Lunatic asylums in Bengal annual reports 1899-1911 - 1899-1911
Year: 1899
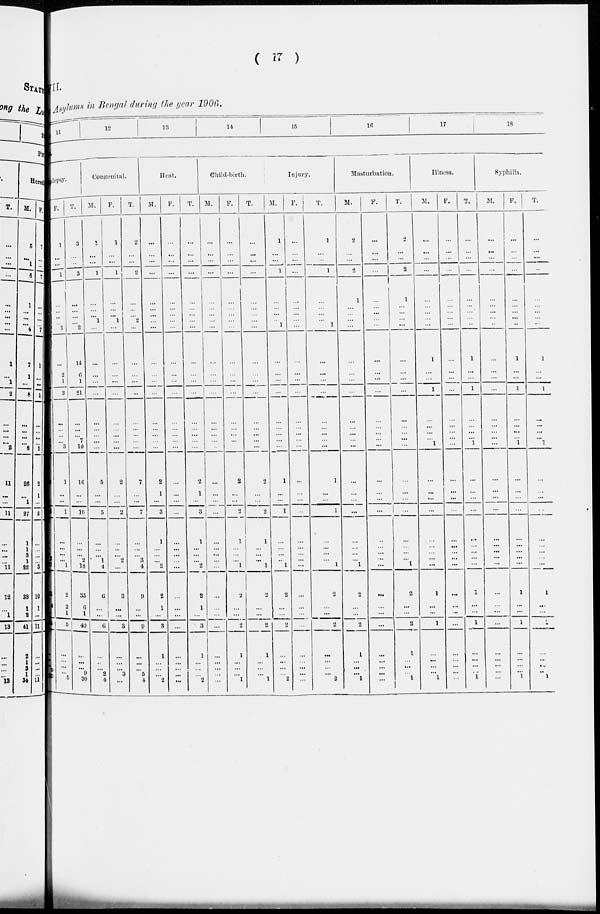
( 17 )
II.
Asylums in Bengal during the year 1906.
11
12
13
14
15
16
17
18
ilepsy.
F.
1
...
...
1
...
...
...
...
1
...
2
1
3
...
...
...
...
3
1
...
...
1
...
...
...
...
1
2
2
1
5
...
...
...
...
5
T.
3
...
...
3
...
...
...
... 2
14
6
1
21
...
...
...
7
10
16
...
...
16
...
...
...
2
18
33
6
1
40
...
...
...
9
30
Congenital.
M.
1
...
...
1
...
...
...
1
...
...
...
...
...
...
...
... ...
...
5
...
...
5
...
...
... 1
4
6
...
...
6
...
...
... 2
4
F.
1
...
...
1
...
...
...
1
...
...
...
...
...
...
...
...
...
...
2
...
...
2
...
...
... 2
...
3
...
...
3
...
...
...
3
...
T.
2
...
...
2
...
...
...
2
...
...
...
...
...
...
...
... ...
...
7
...
...
7
...
...
... 3
4
9
...
...
9
...
...
... 5
4
Heat.
M.
...
...
...
...
...
...
...
... ...
...
...
...
...
...
...
...
...
...
2
1
...
3
1
...
...
...
2
2
1
...
3
1
...
...
...
2
F.
...
...
...
...
...
...
...
...
...
...
...
...
...
...
...
...
...
...
...
...
...
...
...
...
...
...
...
...
...
...
...
...
...
...
...
...
T.
...
...
...
...
...
...
...
... ...
...
...
...
...
...
...
...
...
...
2
1
...
3
1
...
...
...
2
2
1
...
3
1
...
...
...
2
Child-birth.
M.
...
...
...
...
...
...
...
... ...
...
...
...
...
...
...
...
...
...
...
...
...
...
...
...
...
...
...
...
...
...
...
...
...
...
...
...
F.
...
...
...
...
...
...
...
...
...
...
...
...
...
...
...
...
...
...
2
...
...
2
1
...
...
...
1
2
...
...
2
1
...
...
...
1
T.
...
...
...
...
...
...
...
...
...
...
...
...
...
...
...
...
...
...
2
...
...
2
1
...
...
...
1
2
...
...
2
1
...
...
...
1
Injury.
M.
1
...
...
1
...
...
...
... 1
...
...
...
...
...
...
... ...
...
1
...
...
1
...
...
...
...
1
2
...
...
2
...
...
...
...
2
F.
...
...
...
...
...
...
...
...
...
...
...
...
...
...
...
...
...
...
...
...
...
...
...
...
...
...
...
...
...
...
...
...
...
...
...
1
T.
1
...
...
1
...
...
...
... 1
...
...
...
...
...
...
...
...
...
1
...
...
1
...
...
...
...
1
2
...
...
2
...
...
...
...
3
Masturbation.
M.
2
...
...
2
1
...
...
...
...
...
...
...
...
...
...
...
...
...
...
...
...
...
...
...
...
1
2
...
...
2
1
...
...
...
1
F.
...
...
...
...
...
...
...
...
...
...
...
...
...
...
...
...
...
...
...
...
...
...
...
...
...
...
...
...
...
...
...
...
...
...
...
...
T.
2
...
...
2
1
...
...
... ...
...
...
...
...
...
...
... ...
...
...
...
...
...
...
...
...
...
1
2
...
...
2
1
...
...
...
1
Illness.
M.
...
...
...
...
...
...
...
... ...
1
...
...
1
...
...
...
...
1
...
...
...
...
...
...
...
...
...
1
...
...
1
...
...
...
...
1
F.
...
...
...
...
...
...
...
...
...
...
...
...
...
...
...
...
...
...
...
...
...
...
...
...
...
...
...
...
...
...
...
...
...
...
...
...
T.
...
...
...
...
...
...
...
...
...
1
...
...
1
...
...
...
...
1
...
...
...
...
...
...
...
...
...
1
...
...
1
...
...
...
...
1
Syphilis.
M.
...
...
...
...
...
...
...
...
...
...
...
...
...
...
...
...
...
...
...
...
...
...
...
...
...
...
...
...
...
...
...
...
...
...
...
...
F.
...
...
...
...
...
...
...
...
...
1
...
...
1
...
...
...
... 1
...
...
...
...
...
...
...
...
...
1
...
...
1
...
...
...
...
1
T.
...
...
...
...
...
...
...
...
...
1
...
...
1
...
...
...
... 1
...
...
...
...
...
...
...
...
...
1
...
...
1
...
...
...
...
1